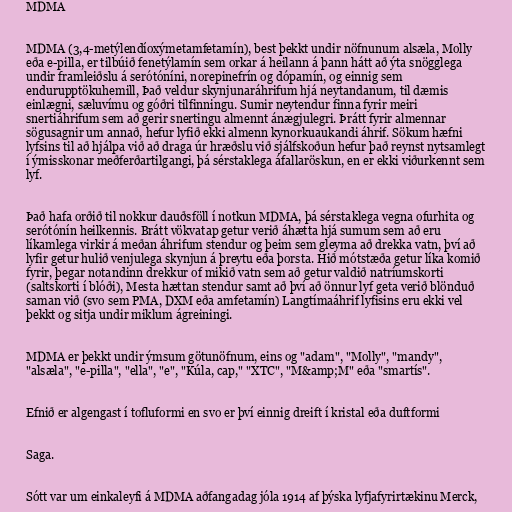
MDMA

MDMA (3,4-metýlendíoxýmetamfetamín), best þekkt undir nöfnunum alsæla, Molly
eða e-pilla, er tilbúið fenetýlamín sem orkar á heilann á þann hátt að ýta snögglega
undir framleiðslu á serótóníni, norepinefrín og dópamín, og einnig sem
endurupptökuhemill, Það veldur skynjunaráhrifum hjá neytandanum, til dæmis
einlægni, sæluvímu og góðri tilfinningu. Sumir neytendur finna fyrir meiri
snertiáhrifum sem að gerir snertingu almennt ánægjulegri. Þrátt fyrir almennar
sögusagnir um annað, hefur lyfið ekki almenn kynorkuaukandi áhrif. Sökum hæfni
lyfsins til að hjálpa við að draga úr hræðslu við sjálfskoðun hefur það reynst nytsamlegt
í ýmisskonar meðferðartilgangi, þá sérstaklega áfallaröskun, en er ekki viðurkennt sem
lyf.

Það hafa orðið til nokkur dauðsföll í notkun MDMA, þá sérstaklega vegna ofurhita og
serótónín heilkennis. Brátt vökvatap getur verið áhætta hjá sumum sem að eru
líkamlega virkir á meðan áhrifum stendur og þeim sem gleyma að drekka vatn, því að
lyfir getur hulið venjulega skynjun á þreytu eða þorsta. Hið mótstæða getur líka komið
fyrir, þegar notandinn drekkur of mikið vatn sem að getur valdið natríumskorti
(saltskorti í blóði), Mesta hættan stendur samt að því að önnur lyf geta verið blönduð
saman við (svo sem PMA, DXM eða amfetamín) Langtímaáhrif lyfisins eru ekki vel
þekkt og sitja undir miklum ágreiningi.

MDMA er þekkt undir ýmsum götunöfnum, eins og "adam", "Molly", "mandy",
"alsæla", "e-pilla", "ella", "e", "Kúla, cap," "XTC", "M&amp;M" eða "smartís".

Efnið er algengast í tofluformi en svo er því einnig dreift í kristal eða duftformi

Saga.

Sótt var um einkaleyfi á MDMA aðfangadag jóla 1914 af þýska lyfjafyrirtækinu Merck,